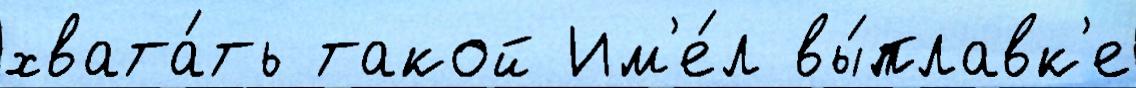
хвата́ть такой Им'е́л вы́плавк'е